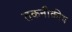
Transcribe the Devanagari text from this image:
तकनीकीय